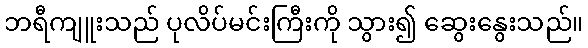
ဘရီကျူးသည် ပုလိပ်မင်းကြီးကို သွား၍ ဆွေးနွေးသည်။